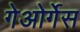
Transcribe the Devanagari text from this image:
गेओर्गेस